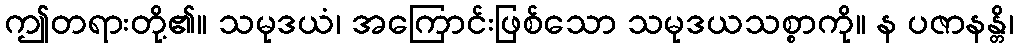
ဤတရားတို့၏။ သမုဒယံ၊ အကြောင်းဖြစ်သော သမုဒယသစ္စာကို။ န ပဇာနန္တိ၊